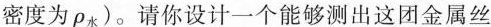
密度为ρ_{水})。请你设计一个能够测出这团金属丝